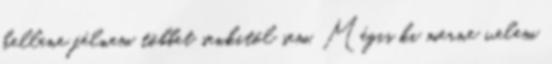
kellene félnem többet senkitől sem. Mégis ki merne velem